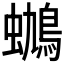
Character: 𰳟